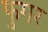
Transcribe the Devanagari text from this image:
फुगर